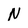
Character: N